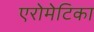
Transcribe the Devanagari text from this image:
एरोमेटिका